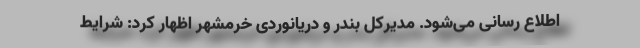
اطلاع رسانی می‌شود. مدیرکل بندر و دریانوردی خرمشهر اظهار کرد: شرایط